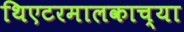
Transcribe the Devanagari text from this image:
थिएटरमालकाच्या